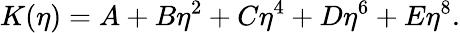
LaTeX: K(\eta)=A+B\eta^{2}+C\eta^{4}+D\eta^{6}+E\eta^{8}.